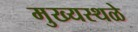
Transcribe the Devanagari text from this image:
मुख्यस्थळे